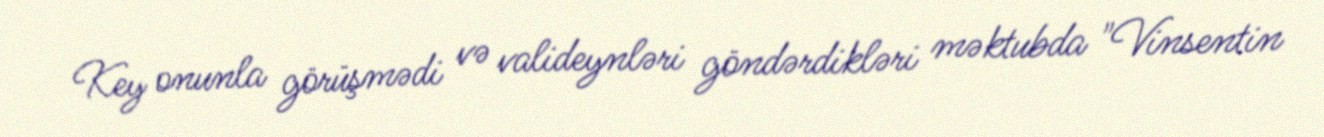
Key onunla görüşmədi və valideynləri göndərdikləri məktubda "Vinsentin